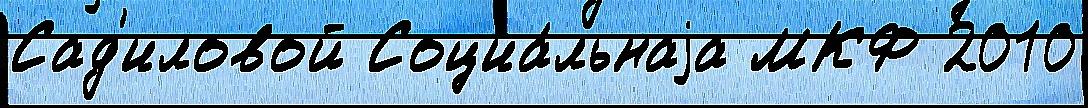
Сад'иловой Социа́льнаjа МКФ 2010